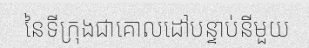
នៃទីក្រុងជាគោលដៅបន្ទាប់នីមួយ